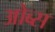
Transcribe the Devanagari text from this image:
ओब्स